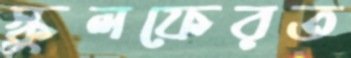
স্কুলফেরত